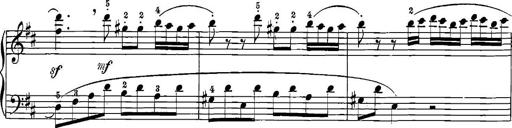
Title: 12 Sonatinas
Composer: Ignaz Pleyel